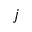
j